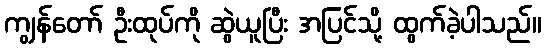
ကျွန်တော် ဦးထုပ်ကို ဆွဲယူပြီး အပြင်သို့ ထွက်ခဲ့ပါသည်။